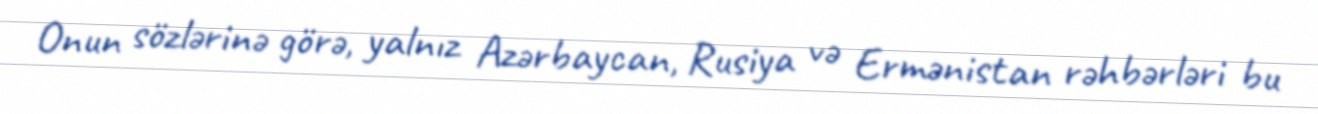
Onun sözlərinə görə, yalnız Azərbaycan, Rusiya və Ermənistan rəhbərləri bu